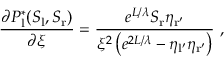
\frac { \partial P _ { \mathrm { l } } ^ { * } ( S _ { \mathrm { l } } , S _ { \mathrm { r } } ) } { \partial \xi } = \frac { e ^ { L / \lambda } S _ { \mathrm { r } } \eta _ { \mathrm { r ^ { \prime } } } } { \xi ^ { 2 } \left( e ^ { 2 L / \lambda } - \eta _ { \mathrm { l ^ { \prime } } } \eta _ { \mathrm { r ^ { \prime } } } \right) } \ ,